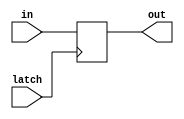
// Code created by satvikgoel950@gmail.com
module latch8bit(output reg[7:0] out, input[7:0]in, input latch);
  always @(posedge latch)begin
  out <= in;
  end
endmodule